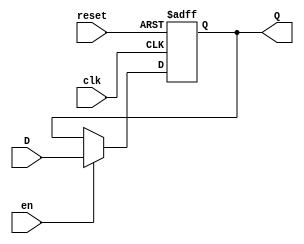
module barrier_register (
    input wire clk,       // Clock signal
    input wire en,       // Enable signal
    input wire reset,     // Asynchronous reset signal
    input wire [N-1:0] D, // Data input (parameterized width)
    output reg [N-1:0] Q  // Data output (parameterized width)
);
    parameter N = 8; // Default width of the register (can be changed)

    // Asynchronous reset and synchronous update on clock edge
    always @(posedge clk or posedge reset) begin
        if (reset) begin
            Q <= {N{1'b0}}; // Set output to zero on reset
        end else if (en) begin
            Q <= D; // Update output with input data if enabled
        end
        // If reset is not active and enable is low, Q retains its value
    end

endmodule